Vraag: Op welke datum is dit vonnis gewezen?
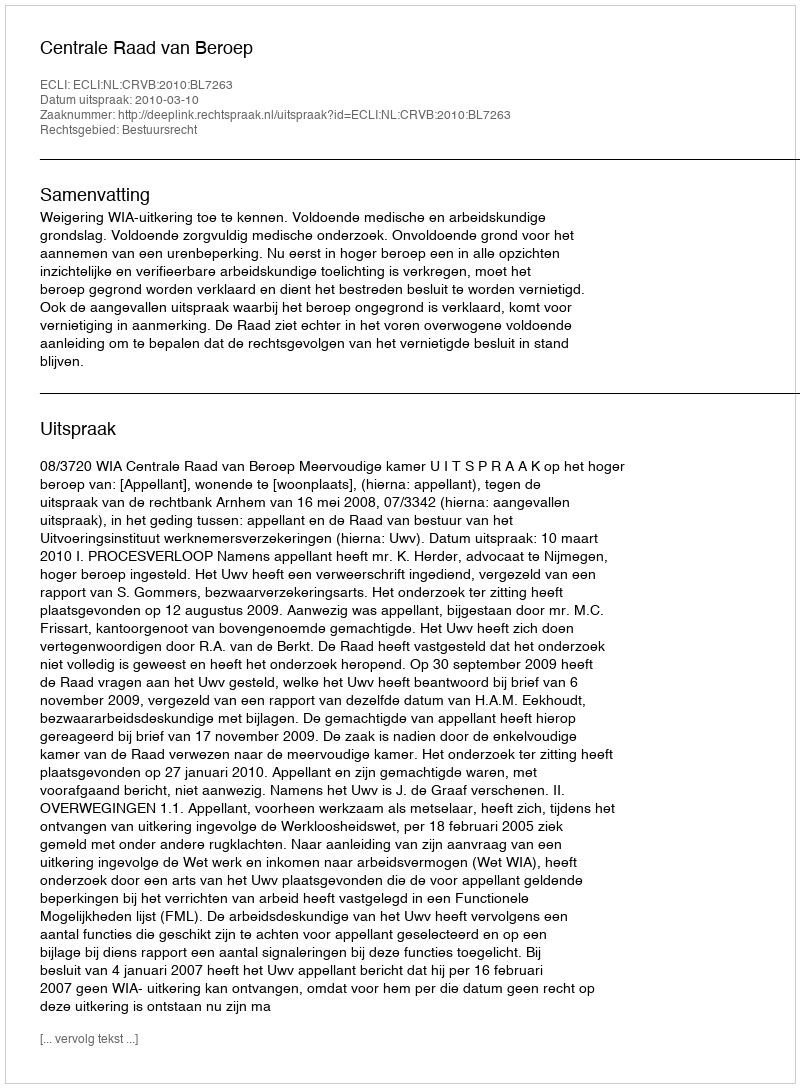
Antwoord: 2010-03-10